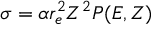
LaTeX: \sigma = \alpha r _ { e } ^ { 2 } Z ^ { 2 } P ( E , Z )